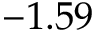
- 1 . 5 9